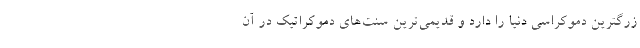
زرگترین دموکراسی دنیا را دارد و قدیمی‌ترین سنت‌های دموکراتیک در آن